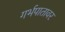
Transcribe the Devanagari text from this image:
गर्भपातावर